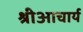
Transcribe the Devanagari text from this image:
श्रीआचार्य